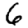
Digit: 6